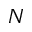
N